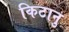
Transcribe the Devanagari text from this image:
किटानु